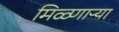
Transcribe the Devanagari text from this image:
मिळ्णाऱ्या